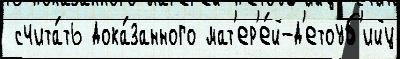
 счита́ть дока́занного мат'ер'е́й-д'етоуб'ийц